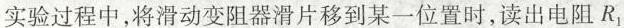
实验过程中，将滑动变阻器滑片移到某一位置时，读出电阻R_{1}